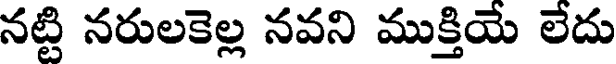
నట్టి నరులకెల్ల నవని ముక్తియే లేదు